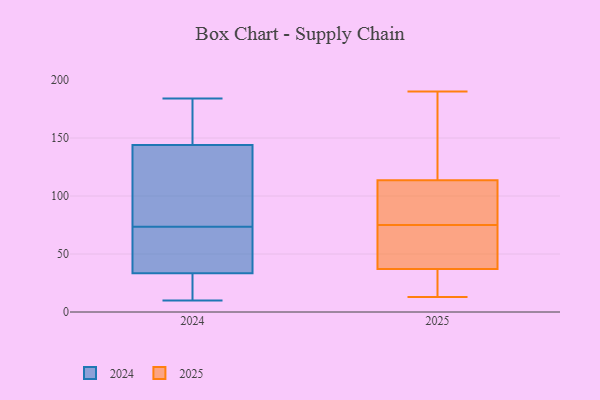
{"axis": {"x": "Demand Index", "y": "Value"}, "legend": ["2024", "2025"], "data": [{"x": "", "y": 13, "type": "2025"}, {"x": "", "y": 108, "type": "2025"}, {"x": "", "y": 81, "type": "2025"}, {"x": "", "y": 118, "type": "2025"}, {"x": "", "y": 36, "type": "2025"}, {"x": "", "y": 190, "type": "2025"}, {"x": "", "y": 109, "type": "2025"}, {"x": "", "y": 32, "type": "2025"}, {"x": "", "y": 62, "type": "2025"}, {"x": "", "y": 38, "type": "2025"}, {"x": "", "y": 69, "type": "2025"}, {"x": "", "y": 182, "type": "2025"}, {"x": "", "y": 35, "type": "2024"}, {"x": "", "y": 184, "type": "2024"}, {"x": "", "y": 162, "type": "2024"}, {"x": "", "y": 29, "type": "2024"}, {"x": "", "y": 179, "type": "2024"}, {"x": "", "y": 22, "type": "2024"}, {"x": "", "y": 108, "type": "2024"}, {"x": "", "y": 67, "type": "2024"}, {"x": "", "y": 126, "type": "2024"}, {"x": "", "y": 80, "type": "2024"}, {"x": "", "y": 53, "type": "2024"}, {"x": "", "y": 10, "type": "2024"}, {"x": "", "y": 124, "type": "2024"}, {"x": "", "y": 45, "type": "2024"}, {"x": "", "y": 32, "type": "2024"}, {"x": "", "y": 183, "type": "2024"}]}